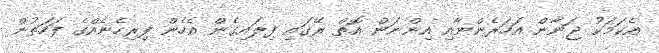
އެކަމަކު ޖަނާން އަހަރެންނާއި އިންނަން އޮތް ރޭގައި ފިލައިގެން އެހެން ފިރިހެނެއްގެ ފަހަތުން